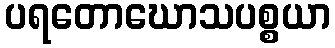
ပရတောဃောသပစ္စယာ